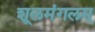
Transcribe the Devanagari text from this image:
शूलमंगलम्‌